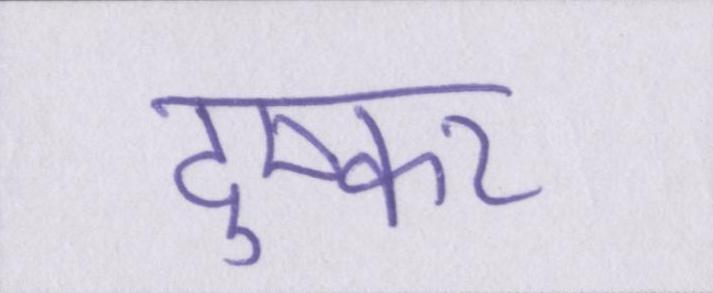
दुष्कर